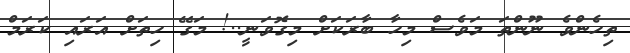
ތިހެންވެ ނޫންތަ މަވެސް މިހާ ބާރަކަށް މިގޮވަނީ..! މަގޭ ހިތަށް އަރައި ކަރަމް